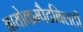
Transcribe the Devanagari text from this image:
बायोकम्पैटबिलटी